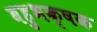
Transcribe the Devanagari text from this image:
बहुभक्षक